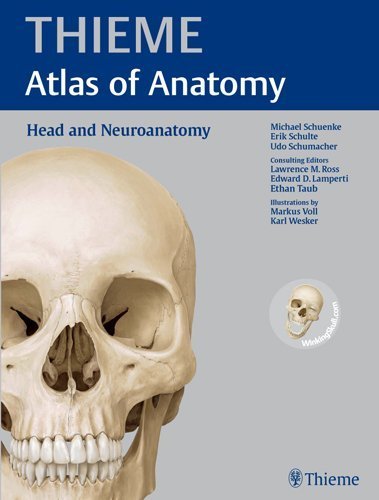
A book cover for Head and Neuroanatomy (THIEME Atlas of Anatomy) 1st Edition by Schuenke, Michael, Schulte, Erik, Schumacher, Udo, Ross, Law (2010) Paperback; Michael, Schulte, Erik, Schumacher, Udo, Ross, Law Schuenke; Medical Books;